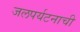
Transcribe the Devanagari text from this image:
जलपर्यटनाची